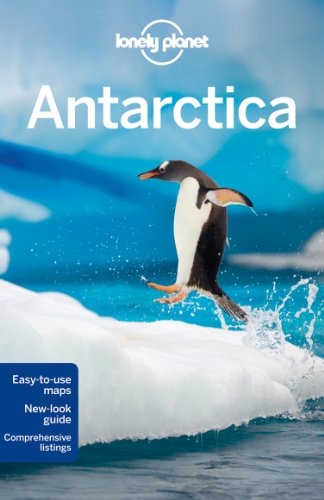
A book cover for Lonely Planet Antarctica (Travel Guide); Lonely Planet; Sports & Outdoors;